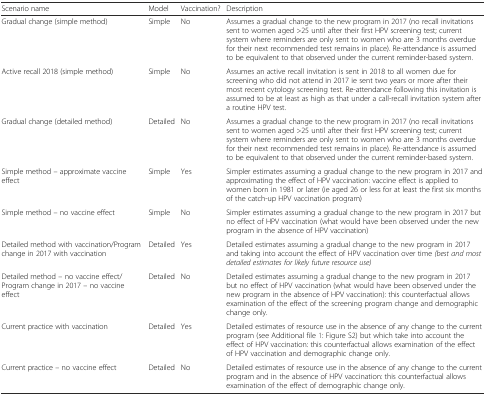
<table><thead><tr><td><b>Scenario name</b></td><td><b>Model</b></td><td><b>Vaccination?</b></td><td><b>Description</b></td></tr></thead><tbody><tr><td>Gradual change (simple method)</td><td>Simple</td><td>No</td><td>Assumes a gradual change to the new program in 2017 (no recall invitations sent to women aged &gt;25 until after their first HPV screening test; current system where reminders are only sent to women who are 3 months overdue for their next recommended test remains in place). Re-attendance is assumed to be equivalent to that observed under the current reminder-based system.</td></tr><tr><td>Active recall 2018 (simple method)</td><td>Simple</td><td>No</td><td>Assumes an active recall invitation is sent in 2018 to all women due for screening who did not attend in 2017 ie sent two years or more after their most recent cytology screening test. Re-attendance following this invitation is assumed to be at least as high as that under a call-recall invitation system after a routine HPV test.</td></tr><tr><td>Gradual change (detailed method)</td><td>Detailed</td><td>No</td><td>Assumes a gradual change to the new program in 2017 (no recall invitations sent to women aged &gt;25 until after their first HPV screening test; current system where reminders are only sent to women who are 3 months overdue for their next recommended test remains in place). Re-attendance is assumed to be equivalent to that observed under the current reminder-based system.</td></tr><tr><td>Simple method – approximate vaccine effect</td><td>Simple</td><td>Yes</td><td>Simpler estimates assuming a gradual change to the new program in 2017 and approximating the effect of HPV vaccination: vaccine effect is applied to women born in 1981 or later (ie aged 26 or less for at least the first six months of the catch-up HPV vaccination program)</td></tr><tr><td>Simple method – no vaccine effect</td><td>Simple</td><td>No</td><td>Simpler estimates assuming a gradual change to the new program in 2017 but no effect of HPV vaccination (what would have been observed under the new program in the absence of HPV vaccination)</td></tr><tr><td>Detailed method with vaccination/Program change in 2017 with vaccination</td><td>Detailed</td><td>Yes</td><td>Detailed estimates assuming a gradual change to the new program in 2017 and taking into account the effect of HPV vaccination over time <i>(best and most detailed estimates for likely future resource use)</i></td></tr><tr><td>Detailed method – no vaccine effect/Program change in 2017 – no vaccine effect</td><td>Detailed</td><td>No</td><td>Detailed estimates assuming a gradual change to the new program in 2017 but no effect of HPV vaccination (what would have been observed under the new program in the absence of HPV vaccination): this counterfactual allows examination of the effect of the screening program change and demographic change only.</td></tr><tr><td>Current practice with vaccination</td><td>Detailed</td><td>Yes</td><td>Detailed estimates of resource use in the absence of any change to the current program (see Additional file 1: Figure S2) but which take into account the effect of HPV vaccination: this counterfactual allows examination of the effect of HPV vaccination and demographic change only.</td></tr><tr><td>Current practice – no vaccine effect</td><td>Detailed</td><td>No</td><td>Detailed estimates of resource use in the absence of any change to the current program and in the absence of HPV vaccination: this counterfactual allows examination of the effect of demographic change only.</td></tr></tbody></table>